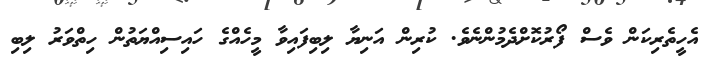
އެހީތެރިކަން ވެސް ފޯރުކޮށްދެމުންނެވެ. ކުރިން އަނިޔާ ލިބިފައިވާ މީހެއްގެ ހައިސިއްޔަތުން ހިތްވަރު ލިބި